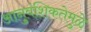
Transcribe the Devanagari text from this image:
आनुवंशिकतेमुळे